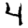
Digit: 4